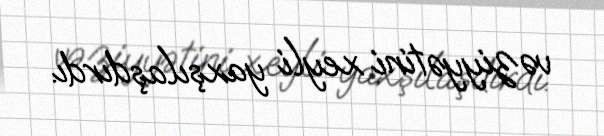
vəziyyətini xeyli yaxşılaşdırdı.